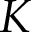
K